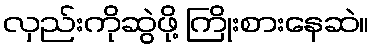
လှည်းကိုဆွဲဖို့ ကြိုးစားနေဆဲ။